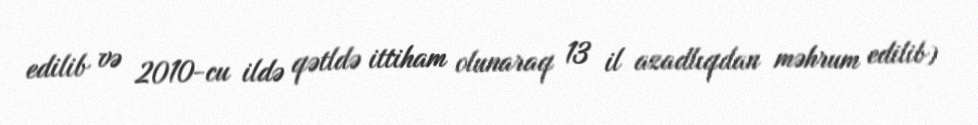
edilib və 2010-cu ildə qətldə ittiham olunaraq 13 il azadlıqdan məhrum edilib)